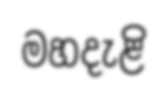
මහදැළි